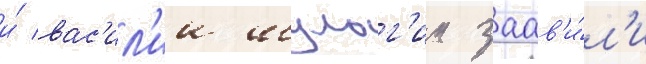
и́ вас'ил'ии шульг'ин заав'и́л'и